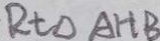
R t \Delta A H B